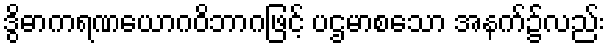
ဒွိဓာကရဏယောဂဝိဘာဂဖြင့် ပဌမာစသော အနက်၌လည်း